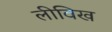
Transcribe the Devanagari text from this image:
लीविख